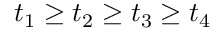
t _ { 1 } \geq t _ { 2 } \geq t _ { 3 } \geq t _ { 4 }